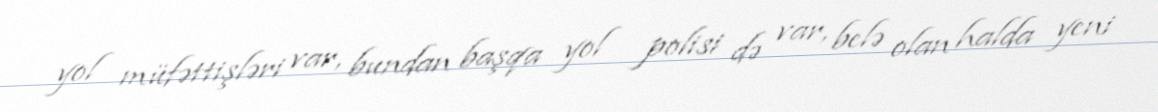
yol müfəttişləri var, bundan başqa yol polisi də var, belə olan halda yeni